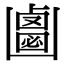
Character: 𠚝